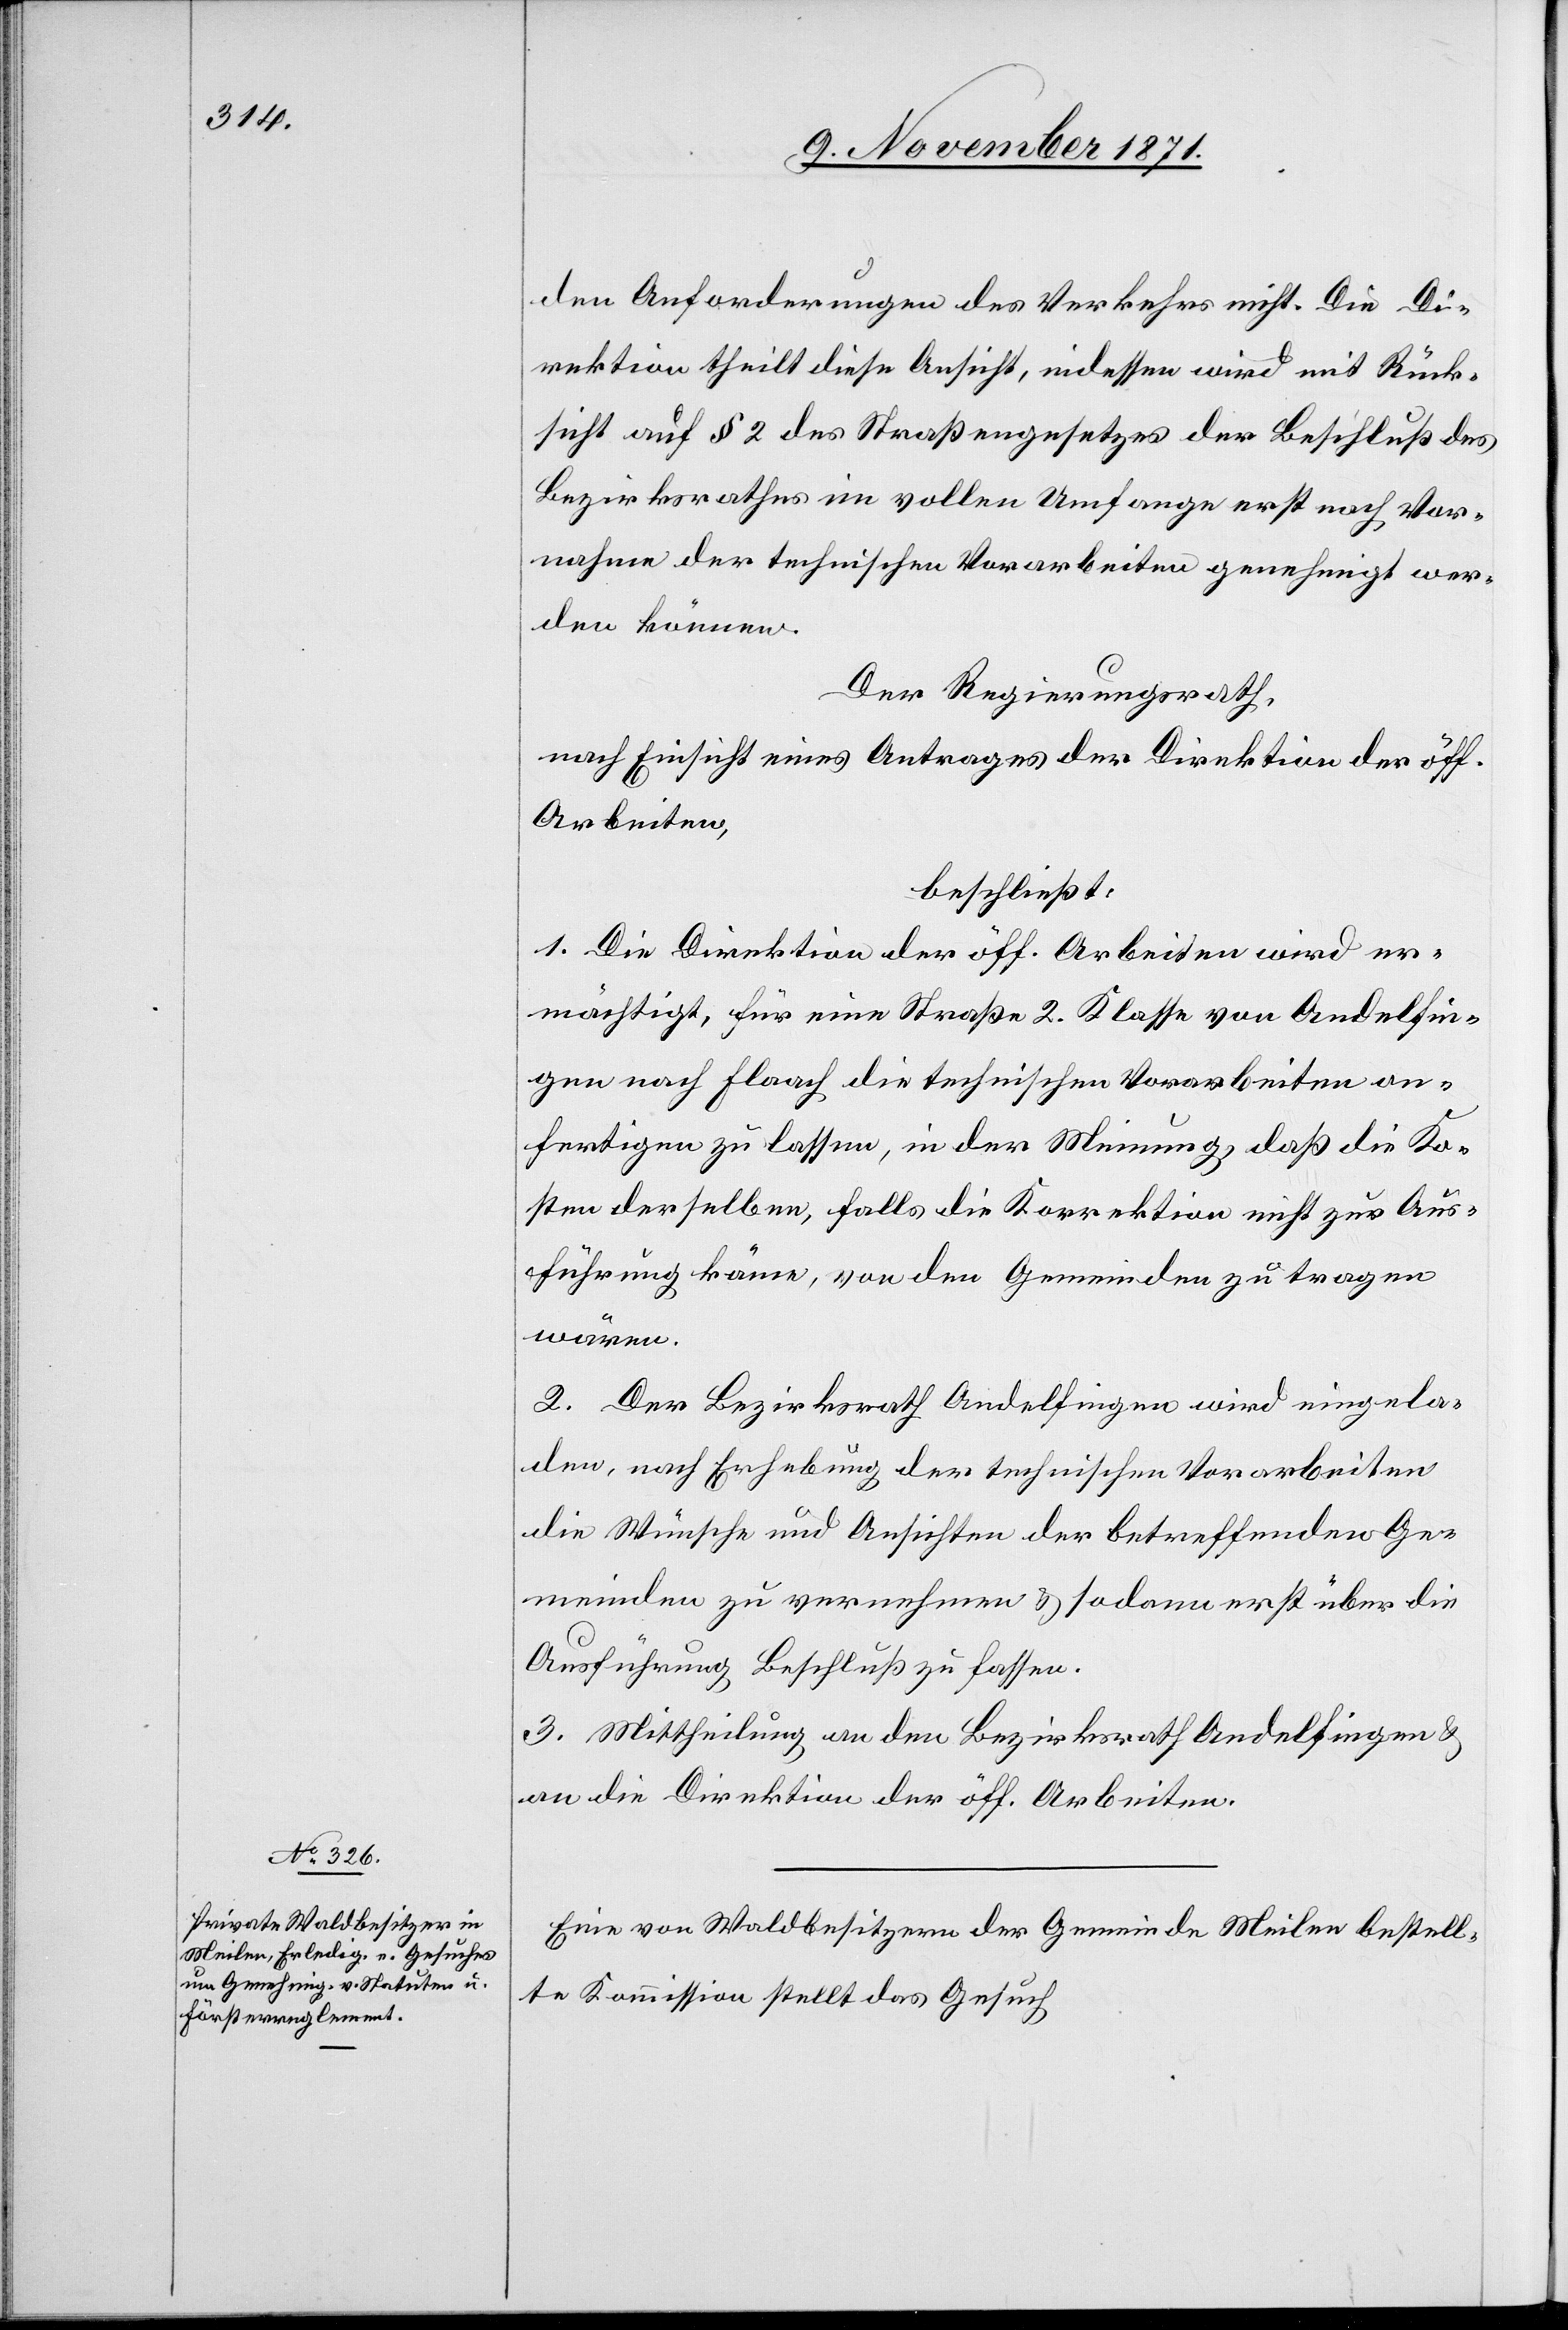
den Anforderungen des Verkehrs nicht. Die Di¬
rektion theilt diese Ansicht, indessen wird mit Rück¬
sicht auf § 2 des Straßengesetzes der Beschluß des
Bezirksrathes im vollen Umfange erst nach Vor¬
nahme der technischen Vorarbeiten genehmigt wer¬
den können.
Der Regierungsrath,
nach Einsicht eines Antrages der Direktion der öff.
Arbeiten,
beschließt:
1. Die Direktion der öff. Arbeiten wird er¬
mächtigt, für eine Straße 2. Klasse von Andelfin¬
gen nach Flaach die technischen Vorarbeiten an¬
fertigen zu lassen, in der Meinung, daß die Ko¬
sten derselben, falls die Korrektion nicht zur Aus¬
führung käme, von den Gemeinden zu tragen
wären.
2. Der Bezirksrath Andelfingen wird eingela¬
den, nach Erhebung der technischen Vorarbeiten
die Wünsche und Ansichten der betreffenden Ge¬
meinden zu vernehmen & sodann erst über die
Ausführung Beschluß zu fassen.
3. Mittheilung an den Bezirksrath Andelfingen &
an die Direktion der öff. Arbeiten.
Eine von Waldbesitzern der Gemeinde Meilen bestell¬
te Kommission stellt das Gesuch